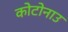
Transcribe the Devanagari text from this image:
कोटोनाउ